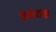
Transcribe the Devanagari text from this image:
३६५६